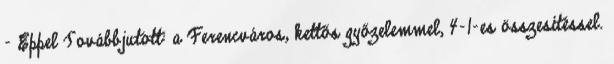
- Eppel Továbbjutott: a Ferencváros, kettős győzelemmel, 4-1-es összesítéssel.